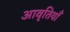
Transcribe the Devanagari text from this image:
अावृतियाँ